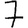
Digit: 7